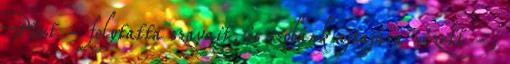
Most - folytatta szavait, és szobánk ajtajára nézett -,